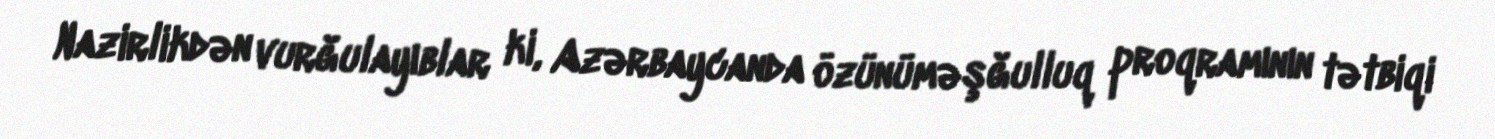
Nazirlikdən vurğulayıblar ki, Azərbaycanda özünüməşğulluq proqramının tətbiqi